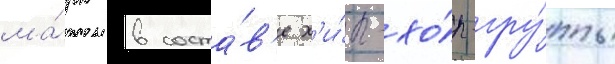
ма́рк в соста́в'е х'и́п-хо́п-гру́ппы